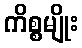
ကိစ္စမျိုး